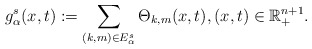
\begin{align*}g^{s}_{\alpha}(x,t):=\sum\limits_{(k,m) \in E^{s}_{\alpha}}\Theta_{k,m}(x,t), (x,t) \in \mathbb{R}^{n+1}_{+}.\end{align*}